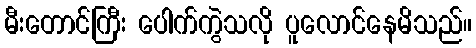
မီးတောင်ကြီး ပေါက်ကွဲသလို ပူလောင်နေမိသည်။